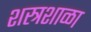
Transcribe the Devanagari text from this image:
शस्त्रशाळा